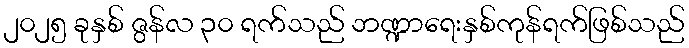
၂၀၂၅ ခုနှစ် ဇွန်လ ၃၀ ရက်သည် ဘဏ္ဍာရေးနှစ်ကုန်ရက်ဖြစ်သည်